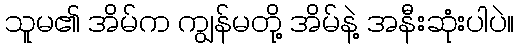
သူမ၏ အိမ်က ကျွန်မတို့ အိမ်နဲ့ အနီးဆုံးပါပဲ။